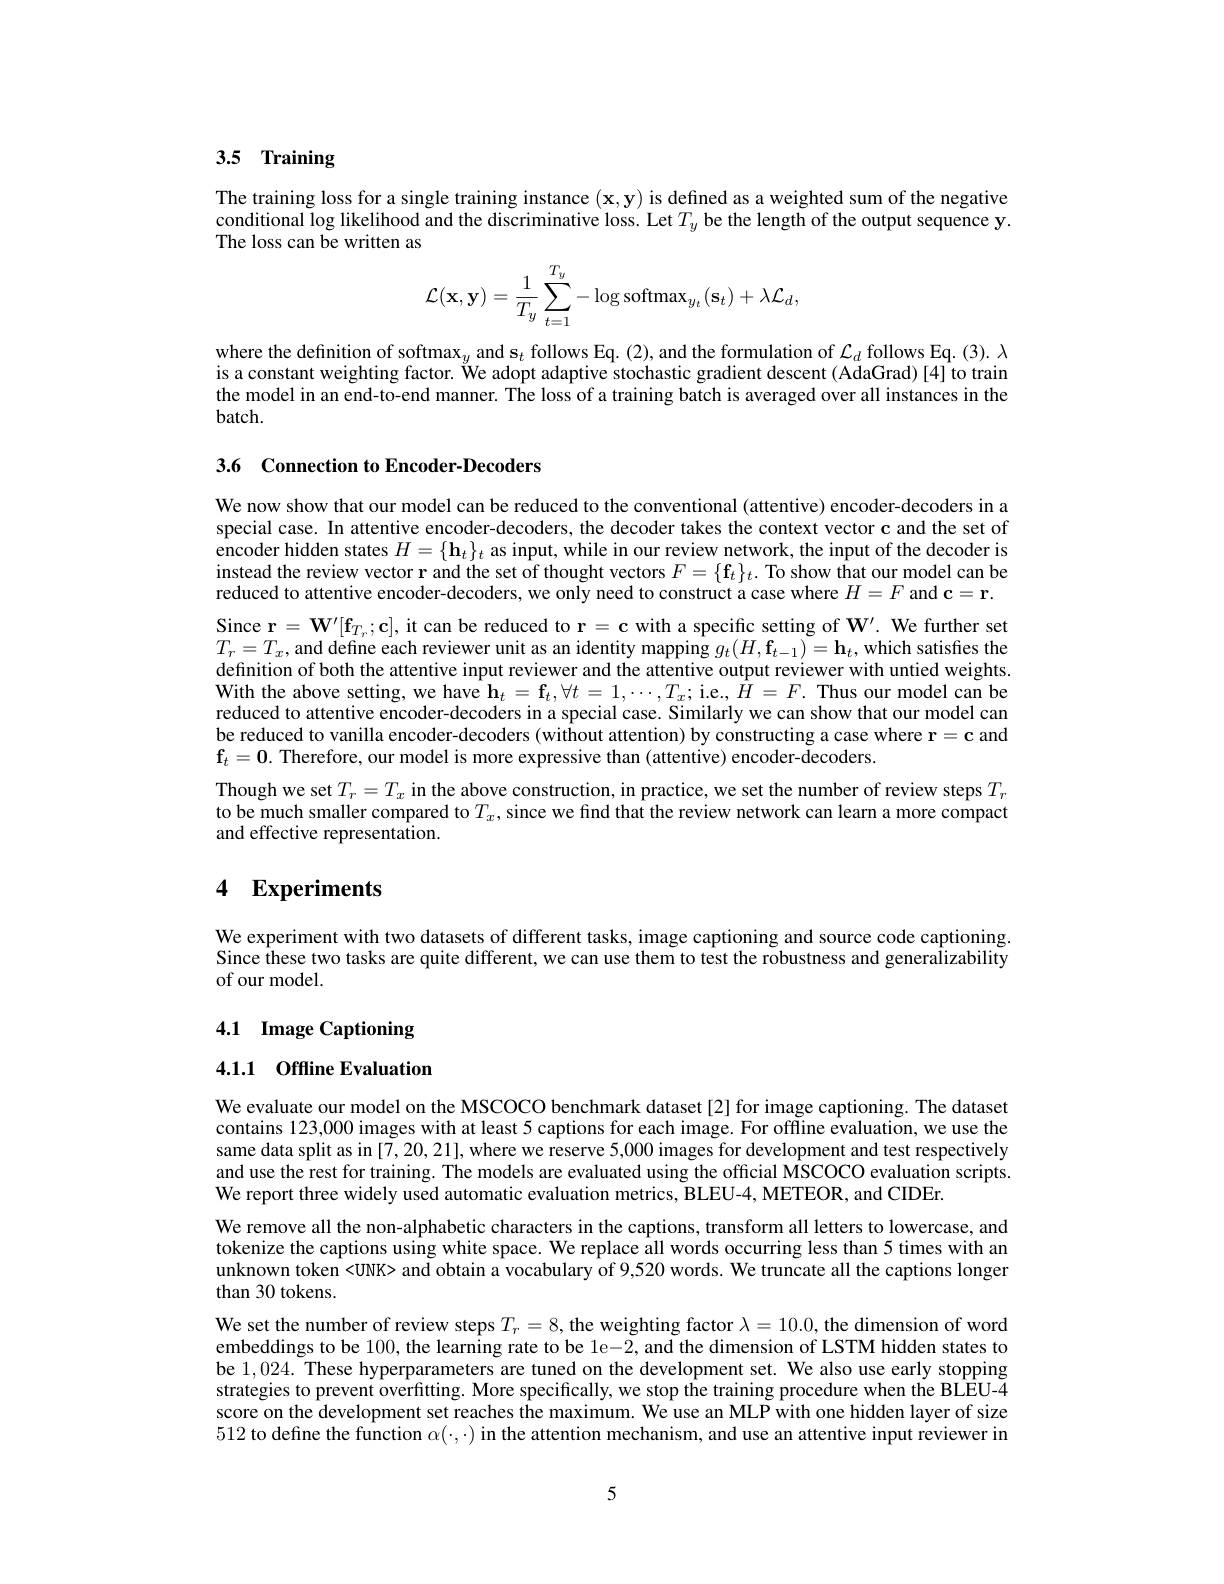
# 3.5 Training

The training loss for a single training instance $(\mathbf{x},\mathbf{y})$ is defined as a weighted sum of the negative conditional log likelihood and the discriminative loss. Let $T_y$ be the length of the output sequence y. The loss can be written as
$$\mathcal{L}(\mathbf{x},\mathbf{y})=\dfrac{1}{T_y}\sum_{t=1}^{T_y}-\log\text{softmax}_{y_t}(\mathbf{s}_t)+\lambda\mathcal{L}_d,$$
where the definition of softmax$_y$ and s$_t$ follows Eq. (2), and the formulation of $\mathcal{L}_d$ follows Eq. (3). $\lambda$ is a constant weighting factor. We adopt adaptive stochastic gradient descent (AdaGrad)[4] to train the model in an end-to-end manner. The loss of a training batch is averaged over all instances in the $batch.$

3.6 Connection to Encoder-Decoders

We now show that our model can be reduced to the conventional (attentive) encoder-decoders in a special case. In attentive encoder-decoders, the decoder takes the context vector c and the set of encoder hidden states $H=\{\mathbf{h}_t\}_t$ as input, while in our review network, the input of the decoder is instead the review vector r and the set of thought vectors $F=\{\mathbf{f}_t\}_t.$ To show that our model can be reduced to attentive encoder-decoders, we only need to construct a case where $H=F$ and $\mathbf{c}=\mathbf{r}.$ $\begin{array}{l}\mathrm{Since~r=~W^{\prime}[f_{T_{r}};c],~it~can~be~reduced~to~r=~c~with~a~specific~setting~of~W^{\prime}.~We~further~set}\\\mathrm{Since~r=~W^{\prime}[f_{T_{r}};c],~it~can~be~reduced~to~r=~c~with~a~specific~setting~of~W^{\prime}.~We~funther~set}\end{array}$ $T_{r}=T_{x}$, and define each reviewer unit as an identity mapping $g_t(H,\mathbf{f}_{t-1})=\mathbf{h}_t$, which satisfies the definition of both the attentive input reviewer and the attentive output reviewer with untied weights. With the above setting, we have $\mathbf{h}_t=\mathbf{f}_t,\forall t=1,\cdots,T_x;$ i.e.$,\bar{H}=F.$ Thus our model can be reduced to attentive encoder-decoders in a special case. Similarly we can show that our model can be reduced to vanilla encoder-decoders (without attention) by constructing a case where $\mathbf{r}=\mathbf{c}$ and $\mathbf{f}_{t}=\mathbf{0}.$ Therefore, our model is more expressive than (attentive) encoder-decoders.
Though we set $T_r=T_x$ in the above construction, in practice, we set the number of review steps $T_r$ to be much smaller compared to $T_x$, since we find that the review network can learn a more compact and effective representation.

# 4 Experiments

We experiment with two datasets of different tasks, image captioning and source code captioning. Since these two tasks are quite different, we can use them to test the robustness and generalizability of our model.

## 4.1 Image Captioning

## 4.1.1 Offline Evaluation

We evaluate our model on the MSCOCO benchmark dataset[2] for image captioning. The dataset contains 123,000 images with at least 5 captions for each image. For offline evaluation, we use the same data split as in [7,20,21], where we reserve 5,000 images for development and test respectively and use the rest for training. The models are evaluated using the official MSCOCO evaluation scripts. We report three widely used automatic evaluation metrics, BLEU-4, METEOR, and CIDEr.
We remove all the non-alphabetic characters in the captions, transform all letters to lowercase, and tokenize the captions using white space. We replace all words occurring less than 5 times with an unknown token <UNK> and obtain a vocabulary of 9,520 words. We truncate all the captions longer than 30 tokens.
We set the number of review steps $T_r=8$, the weighting factor $\lambda=10.0$, the dimension of word embeddings to be 100,the learning rate to be le-2, and the dimension of LSTM hidden states to be 1,024. These hyperparameters are tuned on the development set. We also use early stopping strategies to prevent overfitting. More specifically, we stop the training procedure when the BLEU-4 score on the development set reaches the maximum. We use an MLP with one hidden layer of size 512 to define the function $\alpha(\cdot,\cdot)$ in the attention mechanism, and use an attentive input reviewer in

5